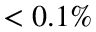
< 0 . 1 \%